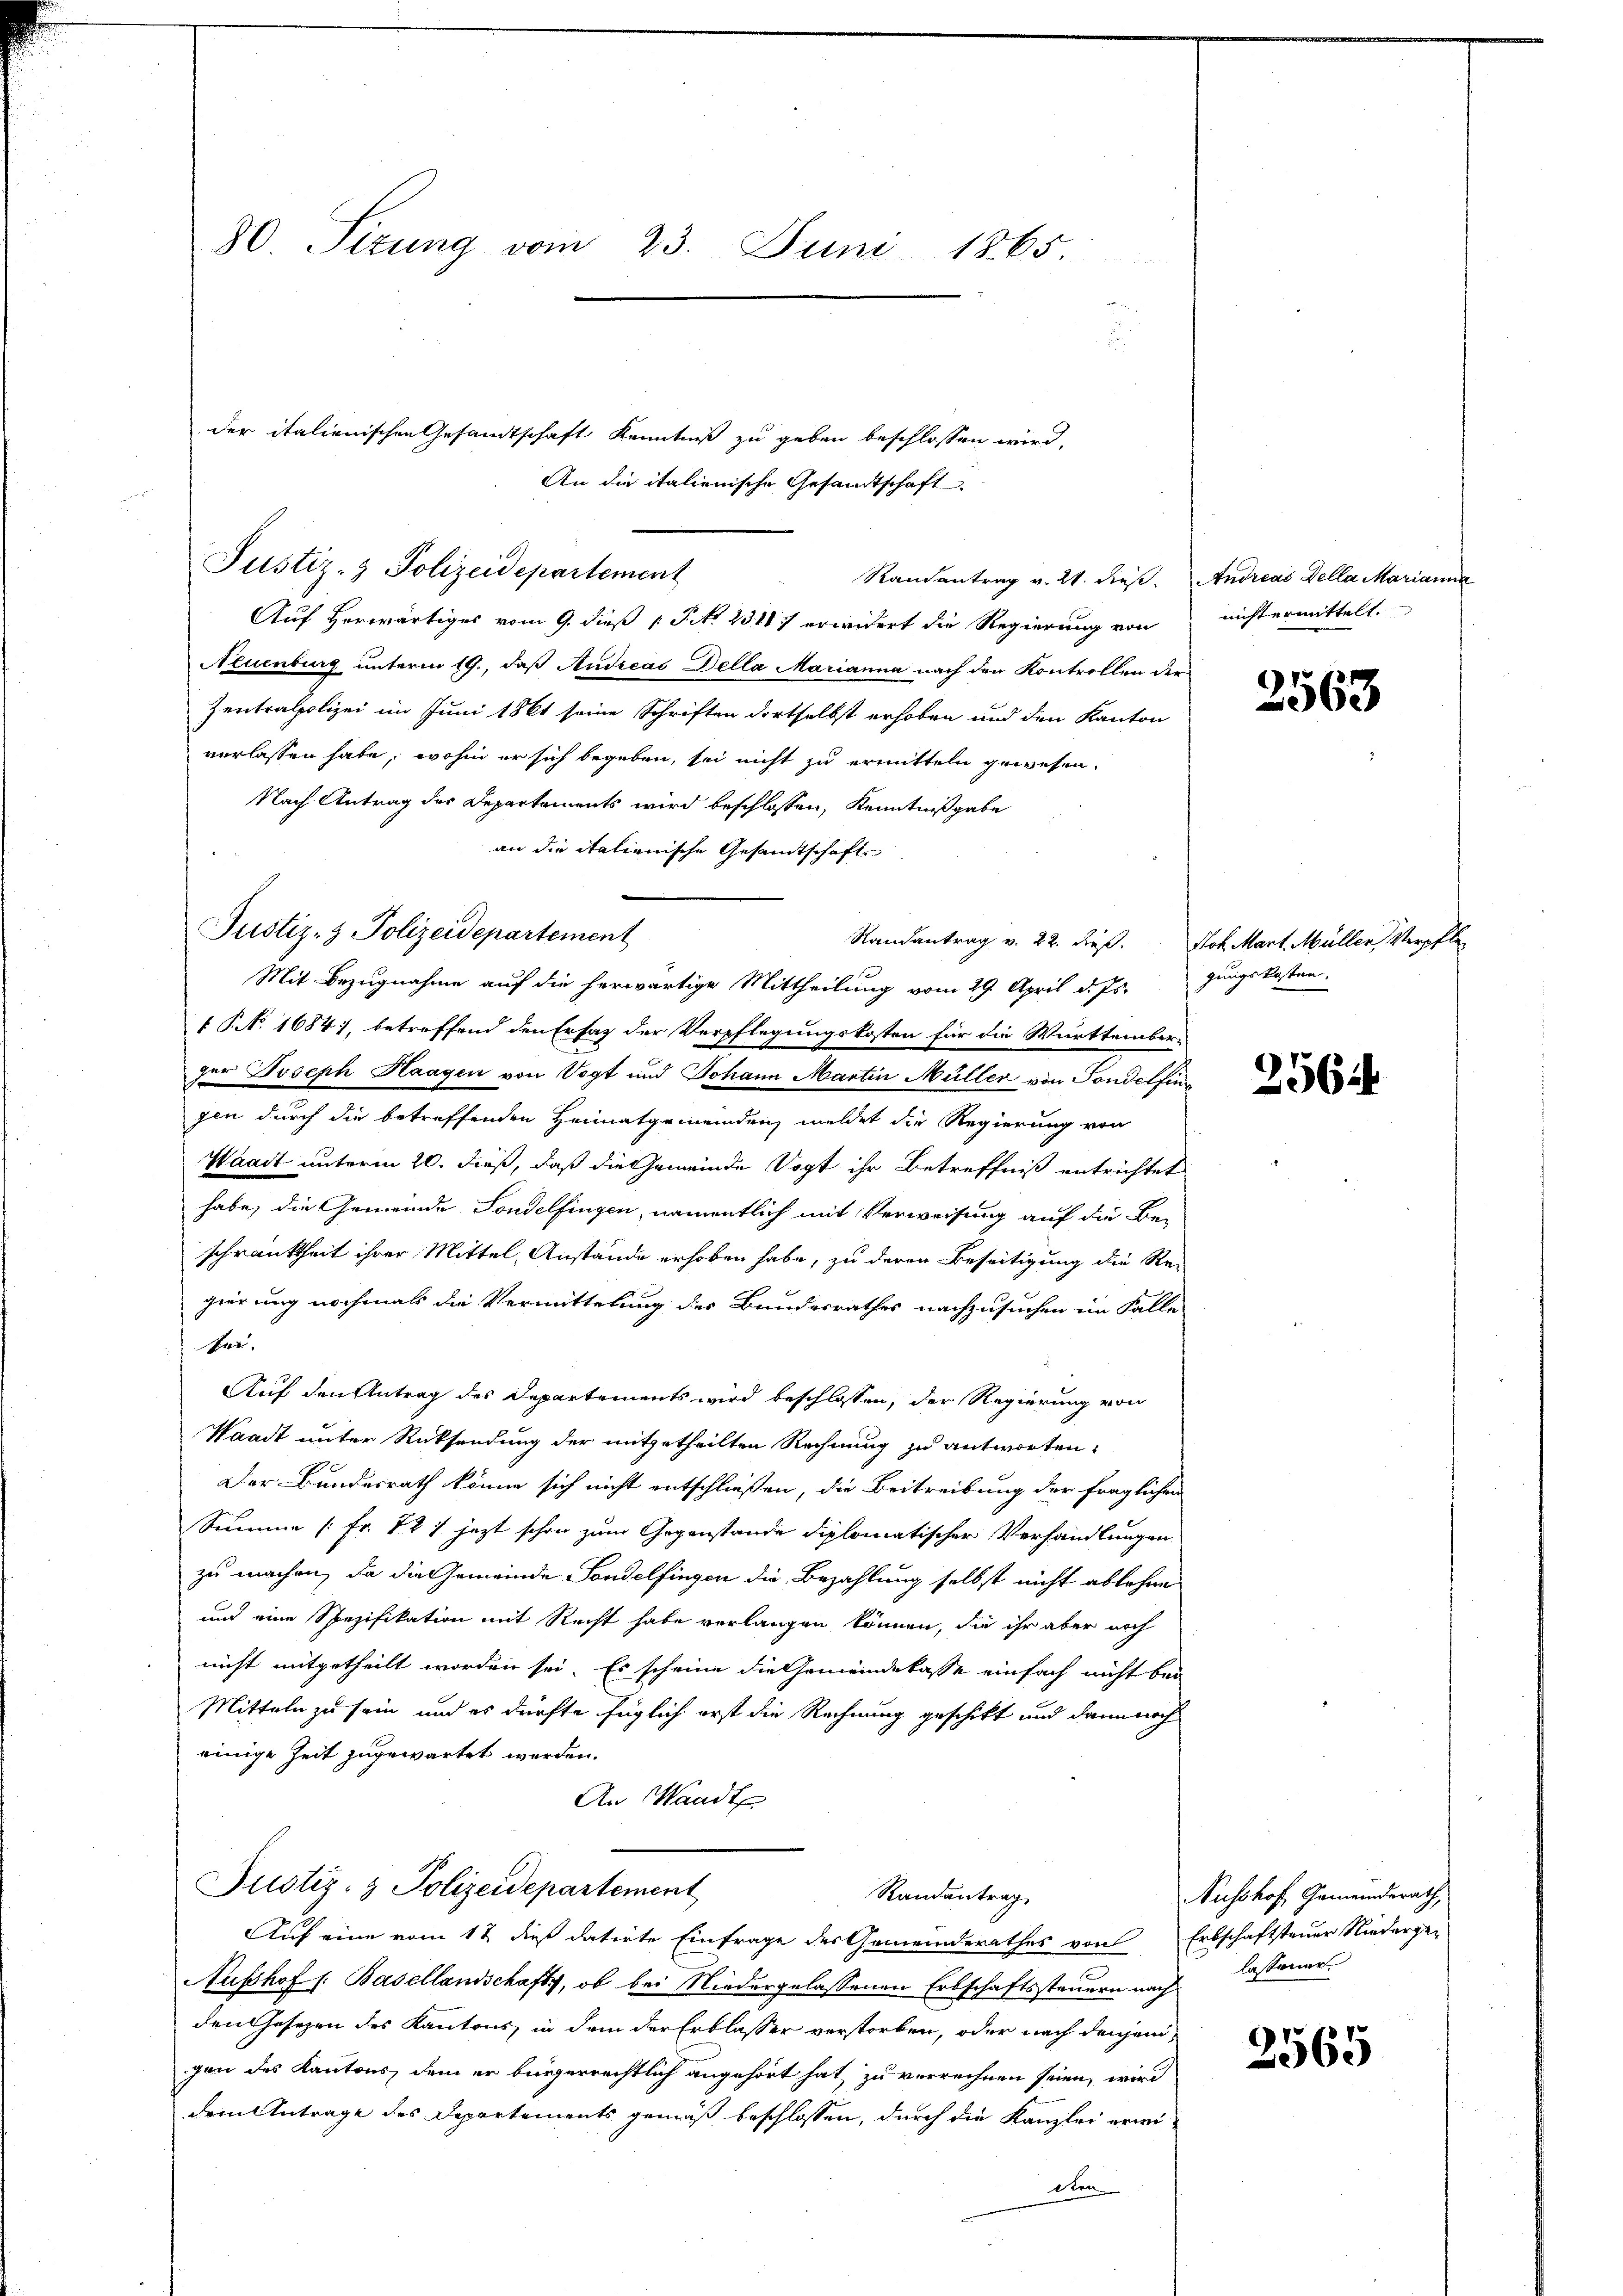
80. Sizung vom 23. Juni 1865.

der italienischen Gesandtschaft Kenntniß zu geben beschlossen wird,
An die italienische Gesandtschaft
Auf herwärtiges vom 9. dieß P. No 2310) erwidert die Regierung von
Neuenburg unterm 19., daß Andreas Della Marianna nach den Kontrollen der
Zentralpolizei im Juni 1861 seine Schriften dortselbst erhoben und den Kanton
verlassen habe, wohin er sich begeben, sei nicht zu ermitteln gewesen.
Nach Antrag der Departements wird beschlossen, Kenntnißgabe
an die italienische Gesamtschaft.
Mit Bezugnahme auf die herwärtige Mittheilung vom 29. April d. Js.
1 S. 1684, betreffend den Ersatz der Verpflegungskosten für die Württember-
er Joseph Haagen von Vogt und Johann Martin Müller von Sondelfingen durch die betreffenden Heimatgemeindenz meldet die Regierung von
Waadt unterm 20. dieß, daß die Gemeinde Vogt ihr Betreffniß entrichtet
habe, die Gemeinde Sondelfingen, namentlich mit Verweisung auf die Be-
schrankheit ihrer Mittel, Anstände erhoben habe, zu deren Beseitigung die Re-
gierung nochmals die Vermittelung des Bundesrathes nachzusuchen im Falle
bei.
Auf den Antrag des Departements wird beschlossen, der Regierung von
Waadt unter Rücksendung der mitgetheilten Rechnung zu antworten:
Der Bundesrath könne sich nicht entschließen, die Beitreibung der fraglichen
Summe [Fr. 82 7 jezt schon zum Gegenstande diplomatischer Verhandlungen
zu machen, da die Gemeinde Sondelfingen die Bezahlung selbst nicht ablehen
und eine Spezifikation mit Recht habe verlangen können, die ihr aber noch
nicht mitgetheilt worden sei. Es scheine die Gemeindekasse einfach nicht bei
Mitteln zu sein, und es dürfte füglich erst die Rechnung geschikt und dann noch
einige Zeit zugewartet werden.
An Waadt
Justiz- & Polizeidepartement
Randantrag
Auf eine vom 12 dieß datirte Einfrage des Gemeinderathes von Erbschaftsteuer Niederge-
Ausshof /: Basellandschafts, ob bei Niedergelassenen Erbschaftssteuern nach
den Gesezen des Kantons, in dem der Erblasser verstorben, oder nach denjenigen des Kantons, dem er bürgerrechtlich angehört hat zu verrechnen seien, wird
dem Antrage des Departements gemäß beschlossen, durch die Kanzlei erwilten

Justiz- & Polizeidepartement

Justiz- & Polizeidepartement

Randantrag v. 21. dieß. Andreas Della Marianna

nicht ermittelt.

2563

Randantrag v. 22. dieß. Joh. Mart. Müller Verpfle
gungskosten.

256

Nusshof Gemeinderath,
lassener

2565